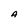
Character: A